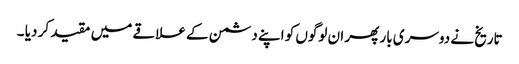
تاریخ نے دوسری بار پھر ان لوگوں کو اپنے دشمن کے علاقے میں مقید کر دیا ۔